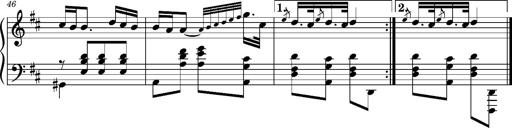
Title: Ungarischer Romanzero
Composer: Franz Liszt